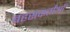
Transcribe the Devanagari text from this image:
बहसकर्ताओं